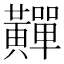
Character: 䵐